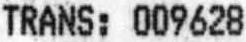
TRANS: 009628